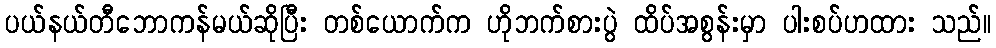
ပယ်နယ်တီဘောကန်မယ်ဆိုပြီး တစ်ယောက်က ဟိုဘက်စားပွဲ ထိပ်အစွန်းမှာ ပါးစပ်ဟထား သည်။